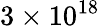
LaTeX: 3\times 10^{18}